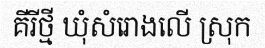
គីរីថ្មី ឃុំសំរោងលើ ស្រុក